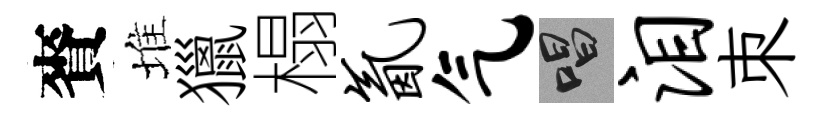
賚堆獵榻氤气唱泪朿